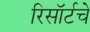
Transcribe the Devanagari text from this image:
रिसॉर्टचे